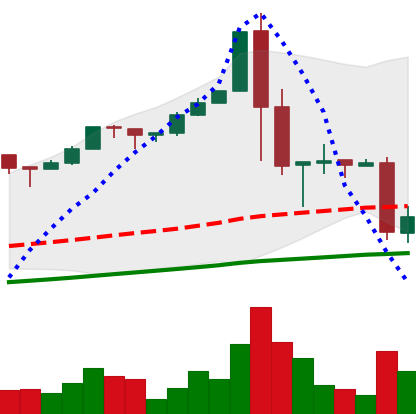
Ticker: BTC-USD
Chart end date: 2017-01-12
Forward return: 12.811%
Label: up_7plus